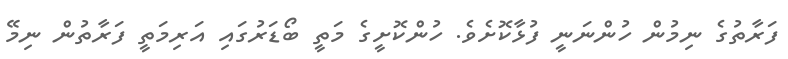
ފަރާތުގެ ނިމުން ހުންނަނީ ފުޅާކޮށެވެ. ހުންކޮށީގެ މަތީ ބޯޑަރުގައި އަރިމަތީ ފަރާތުން ނިމޭ